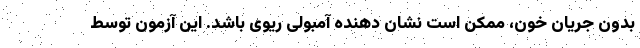
بدون جریان خون، ممکن است نشان دهنده آمبولی ریوی باشد. این آزمون توسط